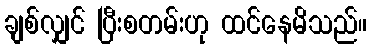
ချစ်လျှင် ပြီးစတမ်းဟု ထင်နေမိသည်။